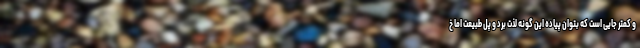
و کمتر جایی است که بتوان پیاده این گونه لذت بُرد و پل طبیعت اما خ